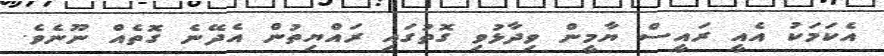
އެކަމަކު އެއީ ރައީސް ޔާމީން ވިދާޅުވި ގޮތުގައި ރައްޔިތުން އެދޭނެ ގޮތެއް ނޫނެވެ.